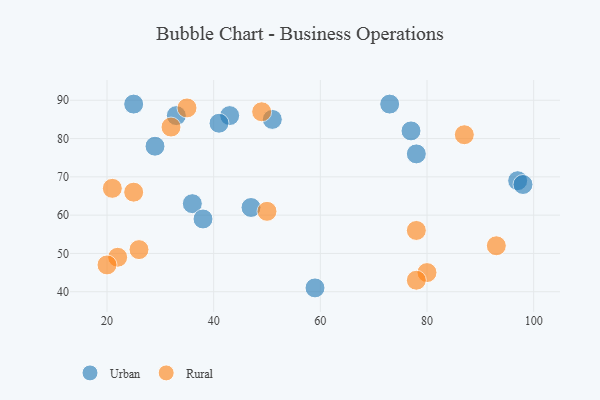
{"axis": {"x": "GDP", "y": "Life Expectancy"}, "legend": ["Rural", "Urban"], "data": [{"x": "97", "y": 69, "type": "Urban"}, {"x": "29", "y": 78, "type": "Urban"}, {"x": "25", "y": 89, "type": "Urban"}, {"x": "73", "y": 89, "type": "Urban"}, {"x": "77", "y": 82, "type": "Urban"}, {"x": "36", "y": 63, "type": "Urban"}, {"x": "98", "y": 68, "type": "Urban"}, {"x": "33", "y": 86, "type": "Urban"}, {"x": "43", "y": 86, "type": "Urban"}, {"x": "78", "y": 76, "type": "Urban"}, {"x": "38", "y": 59, "type": "Urban"}, {"x": "47", "y": 62, "type": "Urban"}, {"x": "59", "y": 41, "type": "Urban"}, {"x": "41", "y": 84, "type": "Urban"}, {"x": "51", "y": 85, "type": "Urban"}, {"x": "22", "y": 49, "type": "Rural"}, {"x": "80", "y": 45, "type": "Rural"}, {"x": "93", "y": 52, "type": "Rural"}, {"x": "25", "y": 66, "type": "Rural"}, {"x": "35", "y": 88, "type": "Rural"}, {"x": "20", "y": 47, "type": "Rural"}, {"x": "32", "y": 83, "type": "Rural"}, {"x": "49", "y": 87, "type": "Rural"}, {"x": "26", "y": 51, "type": "Rural"}, {"x": "78", "y": 43, "type": "Rural"}, {"x": "78", "y": 56, "type": "Rural"}, {"x": "21", "y": 67, "type": "Rural"}, {"x": "50", "y": 61, "type": "Rural"}, {"x": "87", "y": 81, "type": "Rural"}]}